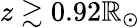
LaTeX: z\gtrsim0.92\mathbb{R}_{\odot}